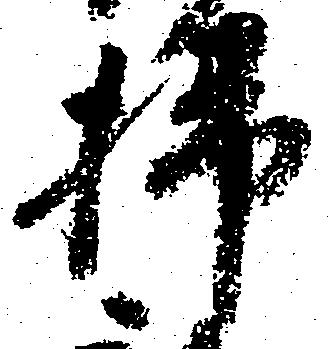
掃